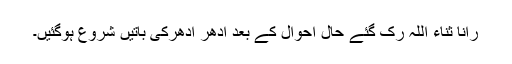
رانا ثناء اللہ رک گئے حال احوال کے بعد ادھر اْدھرکی باتیں شروع ہوگئیں۔